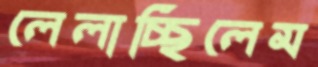
লেলাচ্ছিলেম